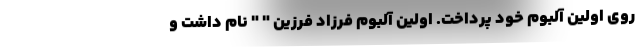
روی اولین آلبوم خود پرداخت. اولین آلبوم فرزاد فرزین " " نام داشت و